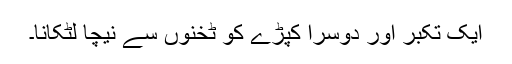
ایک تکبر اور دوسرا کپڑے کو ٹخنوں سے نیچا لٹکانا۔